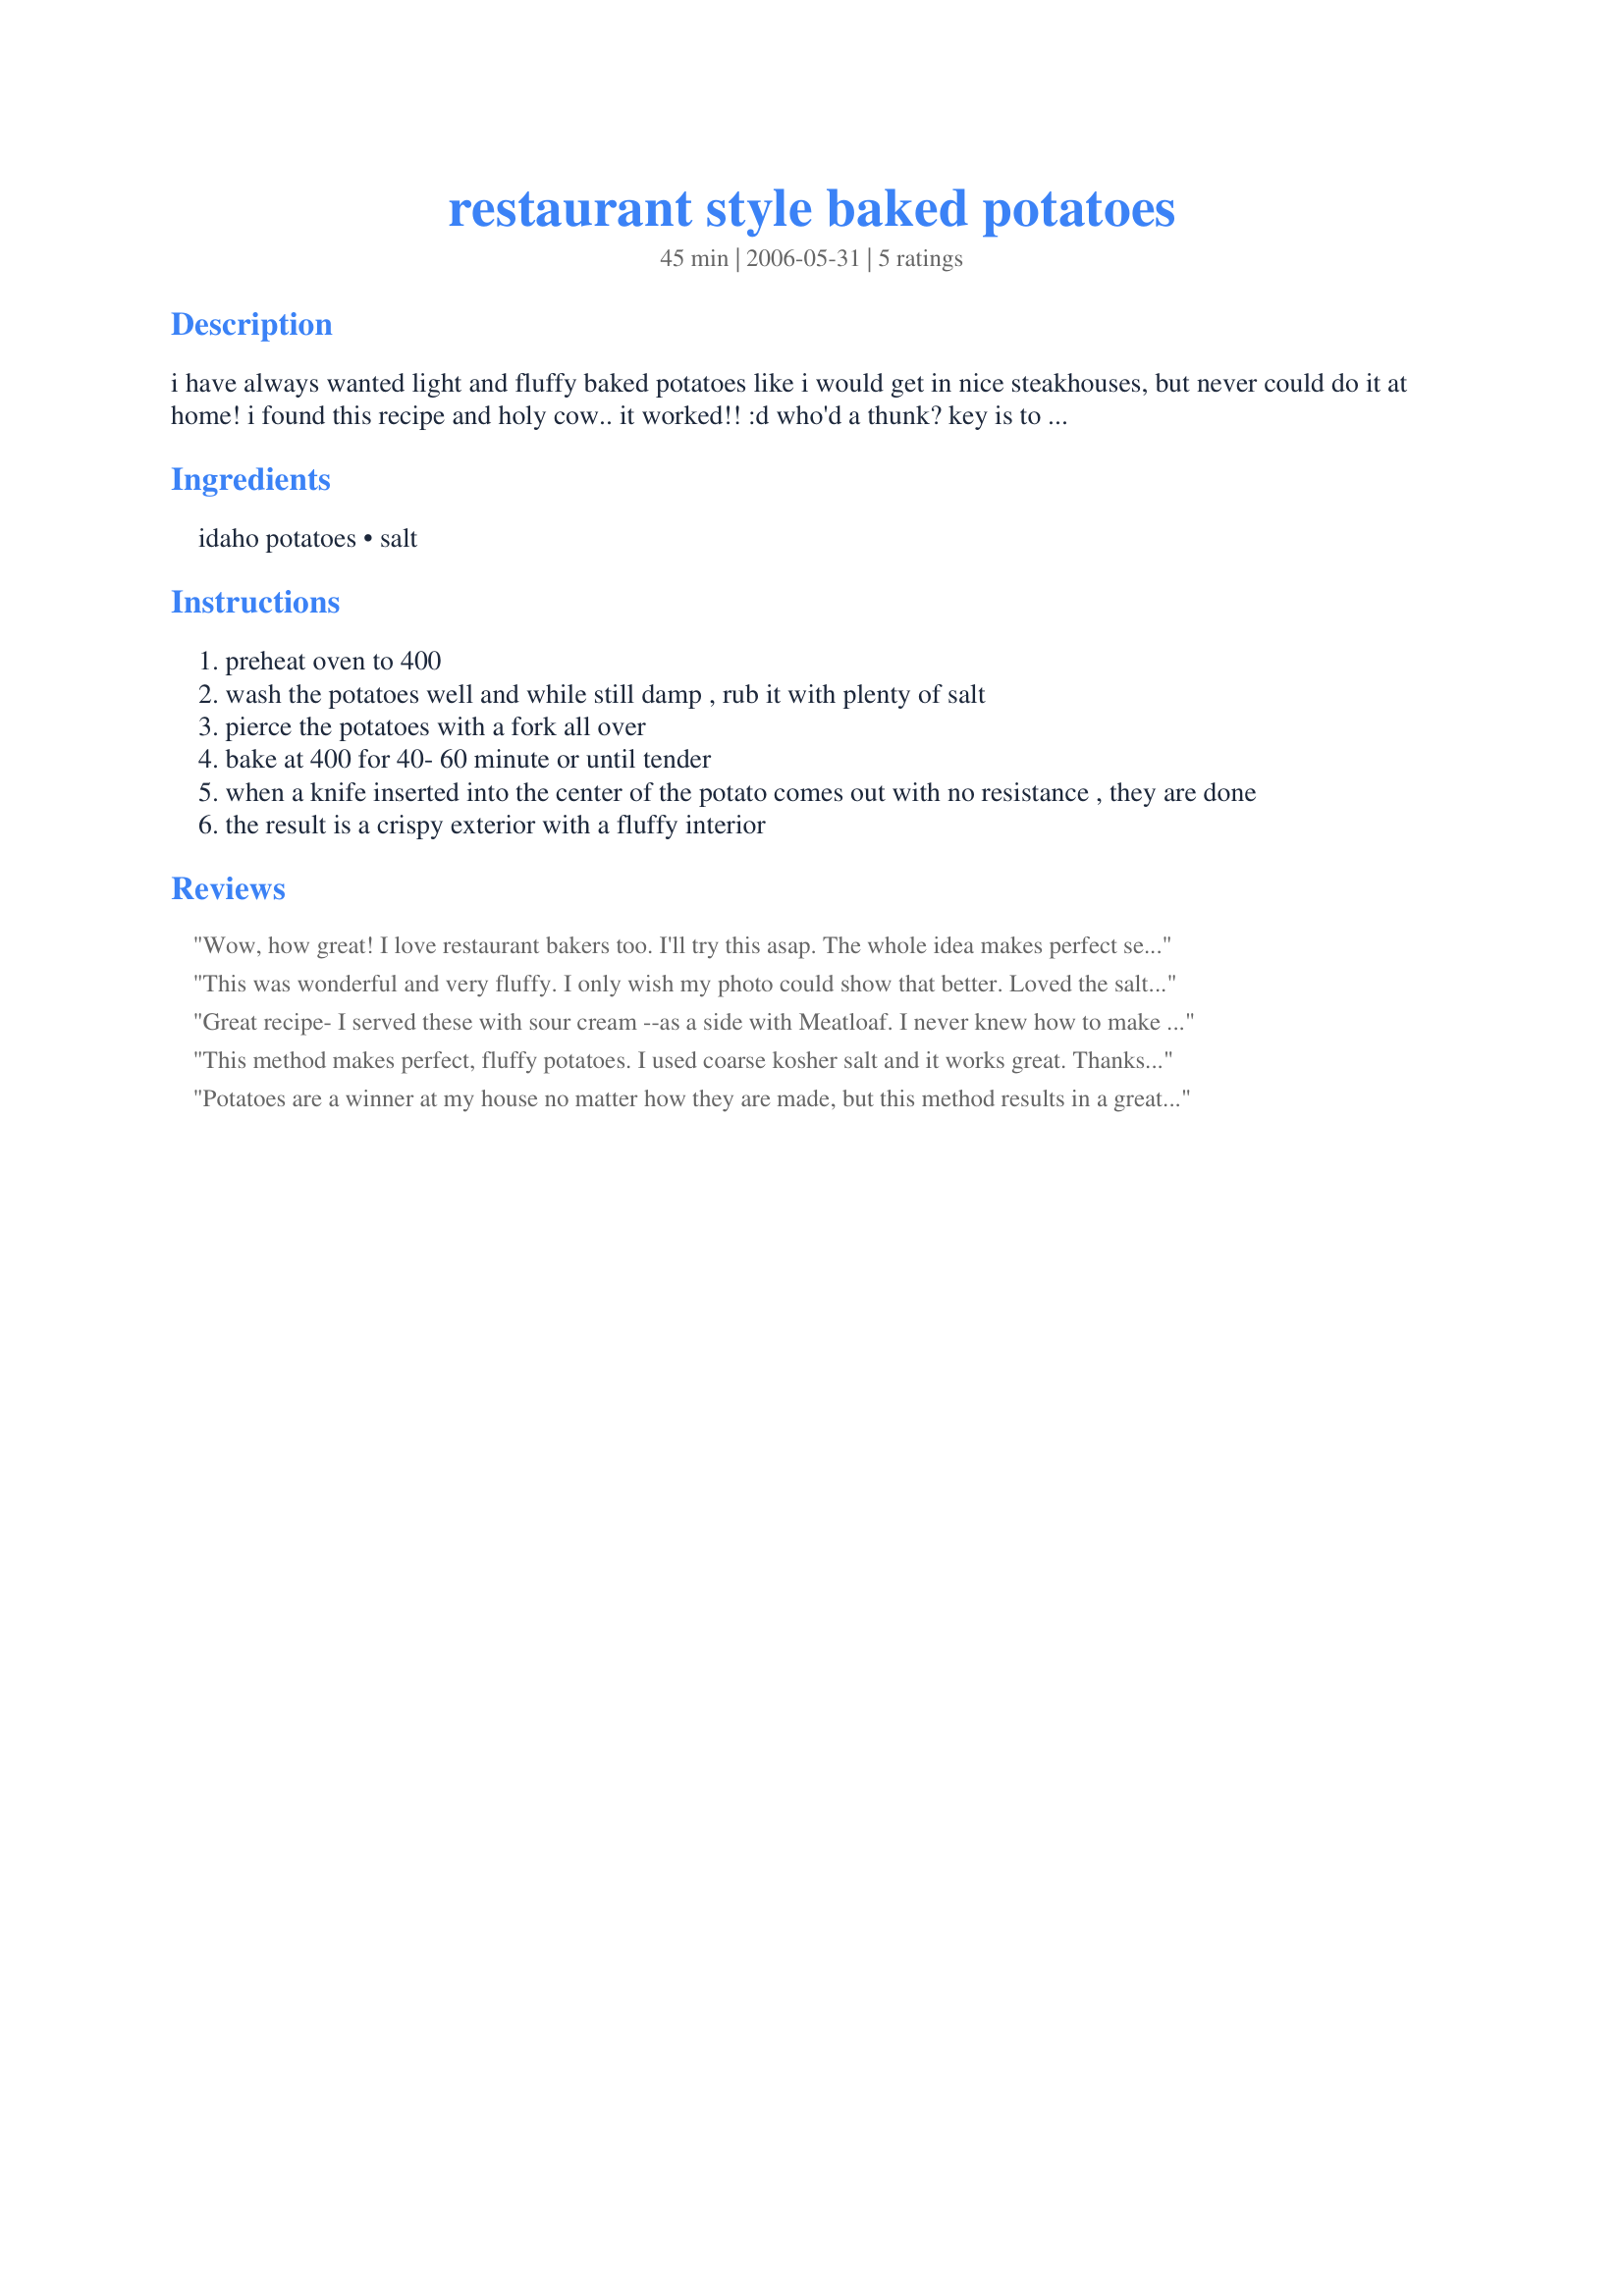
restaurant style baked potatoes
Preparation time: 45 minutes

i have always wanted light and fluffy baked potatoes like i would get in nice steakhouses, but never could do it at home! i found this recipe and holy cow.. it worked!! :d who'd a thunk? key is to start with a mealy fleshed potato - idaho is best i find. and the salt draws the moisture out of the potato while baking, making it light and fluffy!! it really works! ingredient amounts are just there because they have to be, but use however many potatoes you need.

Ingredients:
idaho potatoes, salt

Steps:
preheat oven to 400
wash the potatoes well and while still damp , rub it with plenty of salt
pierce the potatoes with a fork all over
bake at 400 for 40- 60 minute or until tender
when a knife inserted into the center of the potato comes out with no resistance , they are done
the result is a crispy exterior with a fluffy interior

Reviews:
Wow, how great! I love restaurant bakers too. I'll try this asap. The whole idea makes perfect sense. yum, yum.
Thanks very much!
This was wonderful and very fluffy. I only wish my photo could show that better. Loved the salt coating. I too used kosher salt. Thanks for sharing. Made for the "Let's Party" 2010 Event
Great recipe- I served these with sour cream --as a side with Meatloaf. I never knew how to make these-thanks SKinnyminnie
This method makes perfect, fluffy potatoes. I used coarse kosher salt and it works great. Thanks, SkinnyMinnie!
Potatoes are a winner at my house no matter how they are made, but this method results in a great potato peeling on the outside with a nice fluffy inside, that really appealed to us all! I don't know which I liked better, the inside or the outside, and you can bet I ate both :)
